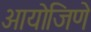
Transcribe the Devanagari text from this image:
आयोजिणे